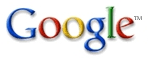
Google